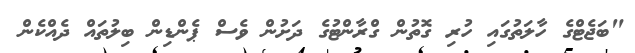
"ބަޖެޓްގެ ހާލަތުގައި ހުރި ގޮތުން ގްރާންޓުގެ ދަށުން ވެސް ޕެންޑިން ބިލުތައް ދެއްކެން